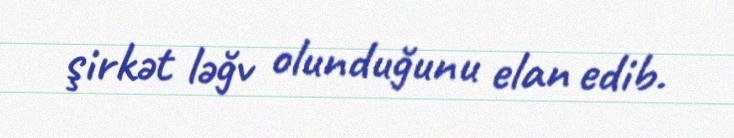
şirkət ləğv olunduğunu elan edib.